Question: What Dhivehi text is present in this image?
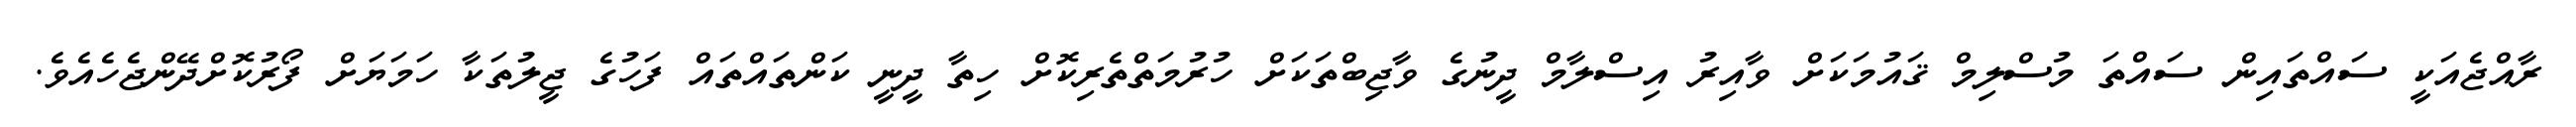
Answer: ރާއްޖެއަކީ ސައްތައިން ސައްތަ މުސްލިމް ޤައުމަކަށް ވާއިރު އިސްލާމް ދީނުގެ ވާޖިބްތަކަށް ހުރުމަތްތެރިކޮށް ހިތާ ދީނީ ކަންތައްތައް ފަހުގެ ޖީލުތަކާ ހަމަޔަށް ފޯރުކޮށްދޭންޖެހެއެވެ.